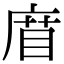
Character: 𢉧